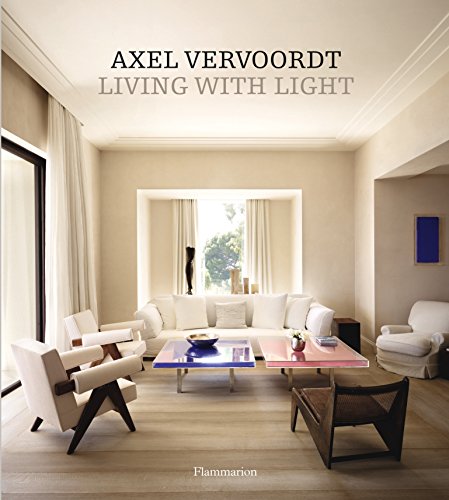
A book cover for Axel Vervoordt: Living with Light; Axel Vervoordt; Crafts, Hobbies & Home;